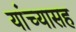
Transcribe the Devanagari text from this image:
यांंच्यासह